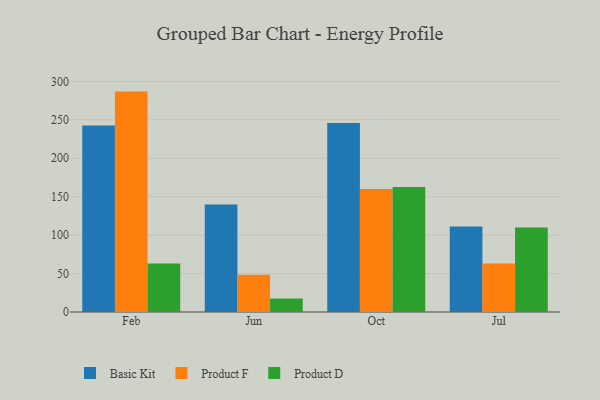
{"axis": {"x": "Month", "y": "Population (Million)"}, "legend": ["Basic Kit", "Product D", "Product F"], "data": [{"x": "Feb", "y": 242.5, "type": "Basic Kit"}, {"x": "Feb", "y": 286.7, "type": "Product F"}, {"x": "Feb", "y": 63.1, "type": "Product D"}, {"x": "Jun", "y": 140.0, "type": "Basic Kit"}, {"x": "Jun", "y": 48.6, "type": "Product F"}, {"x": "Jun", "y": 17.4, "type": "Product D"}, {"x": "Oct", "y": 246.0, "type": "Basic Kit"}, {"x": "Oct", "y": 160.1, "type": "Product F"}, {"x": "Oct", "y": 162.6, "type": "Product D"}, {"x": "Jul", "y": 111.1, "type": "Basic Kit"}, {"x": "Jul", "y": 63.1, "type": "Product F"}, {"x": "Jul", "y": 109.8, "type": "Product D"}]}